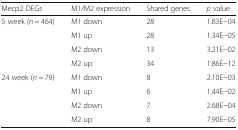
| Mecp2 DEGs | M1/M2 expression | Shared genes | p value |
 | --- | --- | --- | --- |
 | <ROWSPAN=4> 5 week (n = 464) | M1 down | 28 | 1.83E−04 |
 | M1 up | 28 | 1.34E−05 |
 | M2 down | 13 | 3.21E−02 |
 | M2 up | 34 | 1.86E−12 |
 | <ROWSPAN=4> 24 week (n = 79) | M1 down | 8 | 2.10E−03 |
 | M1 up | 6 | 1.44E−02 |
 | M2 down | 7 | 2.68E−04 |
 | M2 up | 8 | 7.90E−05 |